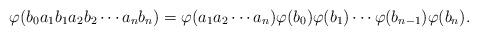
LaTeX: \begin{align*}\varphi(b_0a_1b_1a_2b_2\cdots a_nb_n)=\varphi(a_1a_2\cdots a_n)\varphi(b_0)\varphi(b_1)\cdots \varphi(b_{n-1})\varphi(b_n).\end{align*}